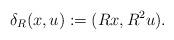
LaTeX: \begin{align*}\delta_R(x,u):=(Rx,R^2u).\end{align*}